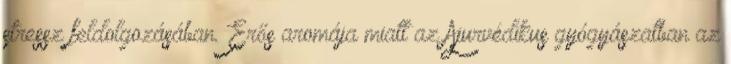
stressz feldolgozásában. Erős aromája miatt az Ajurvédikus gyógyászatban az